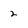
Character: 2